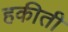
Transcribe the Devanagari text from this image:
हकीती